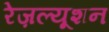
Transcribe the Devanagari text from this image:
रेज़ल्यूशन